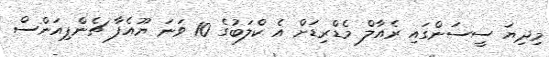
މިދިޔަ ސީސަންގައި ރެއާލް މެޑްރިޑަށް އެ ކްލަބުގެ 10 ވަނަ ޔޫއެފާ ޗެންޕިއަންސް